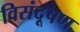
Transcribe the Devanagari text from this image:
विसंदूषण